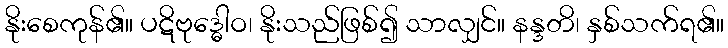
နိုးစေကုန်၏။ ပဋိဗုဒ္ဓေါဝ၊ နိုးသည်ဖြစ်၍ သာလျှင်။ နန္ဒတိ၊ နှစ်သက်ရ၏။